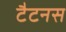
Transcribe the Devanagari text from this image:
टैटनस